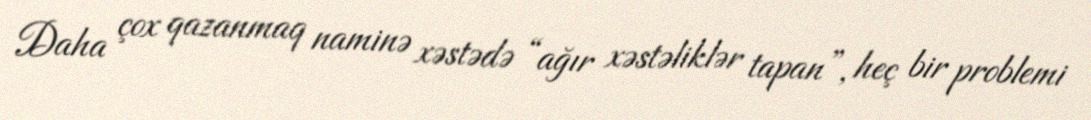
Daha çox qazanmaq naminə xəstədə “ağır xəstəliklər tapan”, heç bir problemi